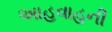
આહવાહની